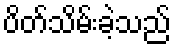
ပိတ်သိမ်းခဲ့သည်